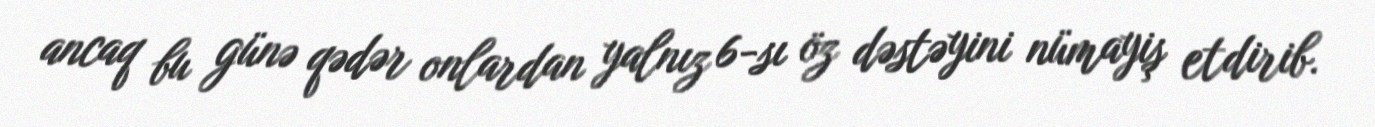
ancaq bu günə qədər onlardan yalnız 6-sı öz dəstəyini nümayiş etdirib.